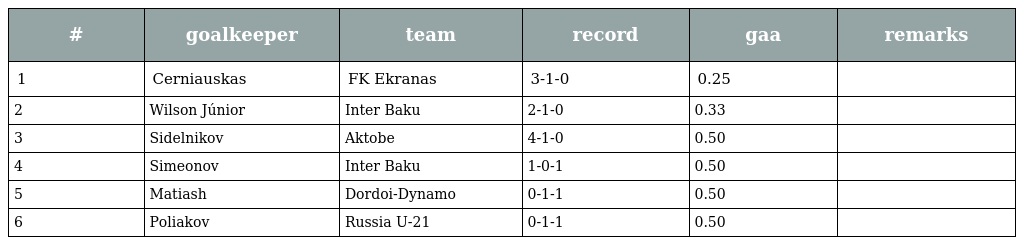
| # | goalkeeper | team | record | gaa | remarks |
 | --- | --- | --- | --- | --- | --- |
 | 1 | Cerniauskas | FK Ekranas | 3-1-0 | 0.25 |  |
 | 2 | Wilson Júnior | Inter Baku | 2-1-0 | 0.33 |  |
 | 3 | Sidelnikov | Aktobe | 4-1-0 | 0.50 |  |
 | 4 | Simeonov | Inter Baku | 1-0-1 | 0.50 |  |
 | 5 | Matiash | Dordoi-Dynamo | 0-1-1 | 0.50 |  |
 | 6 | Poliakov | Russia U-21 | 0-1-1 | 0.50 |  |